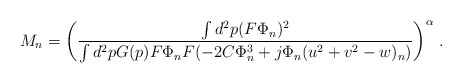
\begin{align*}M_{n}=\left({\frac {\int d^{2}p (F\Phi_{n})^{2}} {\int d^{2}p G(p)F\Phi_{n}F(-2C\Phi_{n}^{3}+j\Phi_{n}(u^{2}+v^{2}-w)_{n})}}\right)^{\alpha}\,.\end{align*}